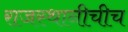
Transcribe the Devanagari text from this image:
राजस्थानीचीच